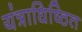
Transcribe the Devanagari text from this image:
यंत्राधिष्ठित